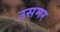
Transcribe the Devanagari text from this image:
उसमर